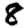
Digit: 8